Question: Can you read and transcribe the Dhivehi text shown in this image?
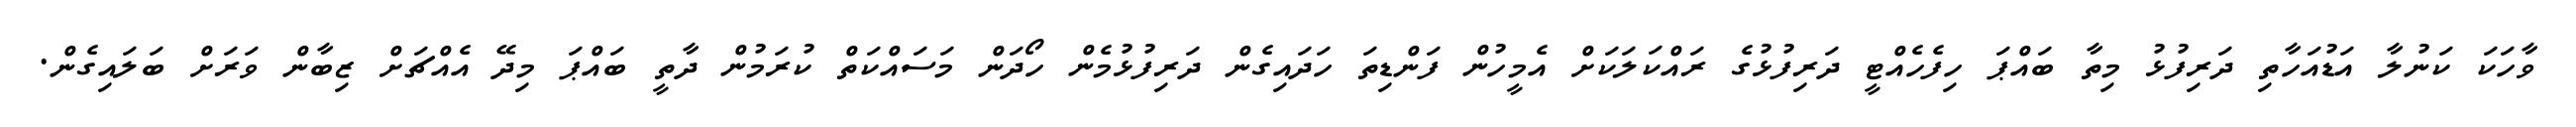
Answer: ވާހަކަ ކަނުލާ އަޑުއަހާތި ދަރިފުޅު މިތާ ބައްޕަ ހިފެހެއްޓީ ދަރިފުޅުގެ ރައްކަލަކަށް އެމީހުން ފަންޑިތަ ހަދައިގެން ދަރިފުޅުމެން ހޯދަން މަސައްކަތް ކުރަމުން ދާތީ ބައްޕަ މިދޭ އެއްޗަށް ޒިބާން ވަރަށް ބަލައިގެން.